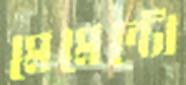
মেমেন্টো